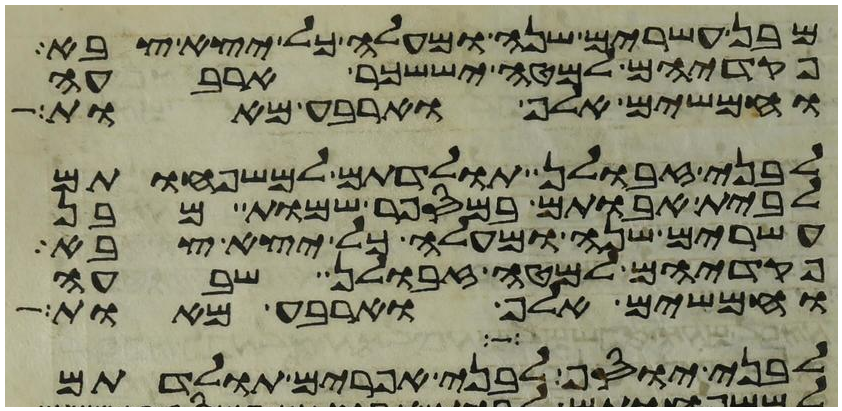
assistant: מבן עשרים שנה ומעלה כל יצא צבא
פקדיהם למטה יששכר ארבעה
וחמשים אלף וארבע מאות
לבני זבולן תולדתם למשפחותם
לבית אבותם במספר שמות מבן
עשרים שנה ומעלה כל יצא צבא
פקדיהם למטה זבולן שבעה
וחמשים אלף וארבע מאות
לבני יוסף לבני אפרים תולדתם